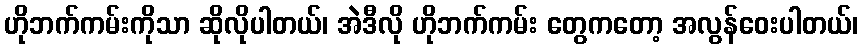
ဟိုဘက်ကမ်းကိုသာ ဆိုလိုပါတယ်၊ အဲဒီလို ဟိုဘက်ကမ်း တွေကတော့ အလွန်ဝေးပါတယ်၊